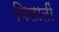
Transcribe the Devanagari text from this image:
पिलातीं